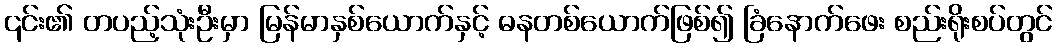
၎င်း၏ တပည့်သုံးဦးမှာ မြန်မာနှစ်ယောက်နှင့် ဓနတစ်ယောက်ဖြစ်၍ ခြံနောက်ဖေး စည်းရိုးစပ်တွင်